On kala azar, malaria and malarial cachexia - Number 19
Disease focus: Malaria
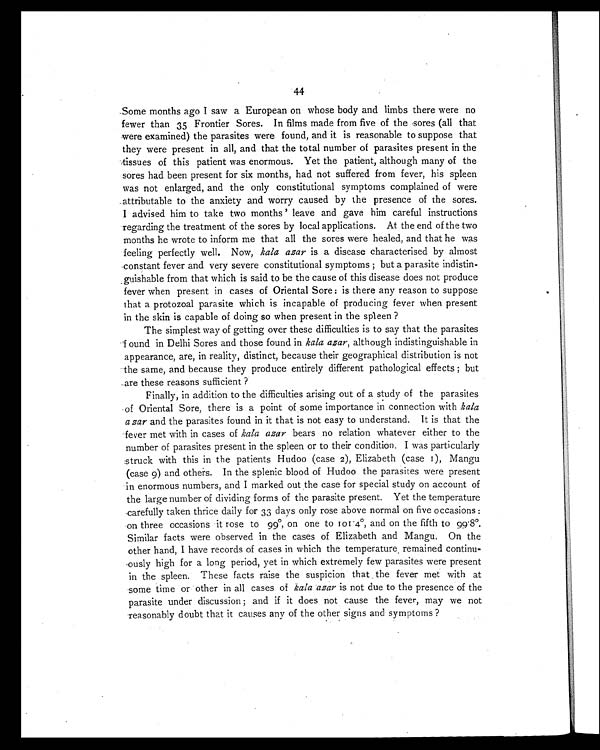
44
Some months ago I saw a European on whose body and limbs there were no
fewer than 35 Frontier Sores. In films made from five of the sores (all that
were examined) the parasites were found, and it is reasonable to suppose that
they were present in all, and that the total number of parasites present in the
tissues of this patient was enormous. Yet the patient, although many of the
sores had been present for six months, had not suffered from fever, his spleen
was not enlarged, and the only constitutional symptoms complained of were
attributable to the anxiety and worry caused by the presence of the sores.
I advised him to take two months' leave and gave him careful instructions
regarding the treatment of the sores by local applications. At the end of the two
months he wrote to inform me that all the sores were healed, and that he was
feeling perfectly well. Now, kala azar is a disease characterised by almost
constant fever and very severe constitutional symptoms ; but a parasite indistin-
guishable from that which is said to be the cause of this disease does not produce
fever when present in cases of Oriental Sore: is there any reason to suppose
that a protozoal parasite which is incapable of producing fever when present
in the skin is capable of doing so when present in the spleen ?
The simplest way of getting over these difficulties is to say that the parasites
found in Delhi Sores and those found in kala azar, although indistinguishable in
appearance, are, in reality, distinct, because their geographical distribution is not
the same, and because they produce entirely different pathological effects ; but
are these reasons sufficient ?
Finally, in addition to the difficulties arising out of a study of the parasites
of Oriental Sore, there is a point of some importance in connection with kala
azar and the parasites found in it that is not easy to understand. It is that the
fever met with in cases of kala azar bears no relation whatever either to the
number of parasites present in the spleen or to their condition. I was particularly
struck with this in the patients Hudoo (case 2), Elizabeth (case 1), Mangu
(case 9) and others. In the splenic blood of Hudoo the parasites were present
in enormous numbers, and I marked out the case for special study on account of
the large number of dividing forms of the parasite present. Yet the temperature
carefully taken thrice daily for 33 days only rose above normal on five occasions :
on three occasions it rose to 99°, on one to 101.4º, and on the fifth to 99.8°.
Similar facts were observed in the cases of Elizabeth and Mangu. On the
other hand, I have records of cases in which the temperature, remained continu-
ously high for a long period, yet in which extremely few parasites were present
in the spleen. These facts raise the suspicion that the fever met with at
some time or other in all cases of kala azar is not due to the presence of the
parasite under discussion ; and if it does not cause the fever, may we not
reasonably doubt that it causes any of the other signs and symptoms ?